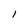
Character: l